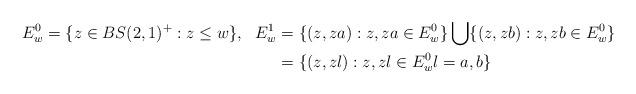
LaTeX: \begin{align*}E_w^0 &= \{ z \in BS(2,1)^+ : z \le w\},&E_w^1 &= \{(z, z a): z, za \in E_w^0\} \bigcup \{(z, z b): z, zb \in E_w^0\} \\&&&= \{(z, z l): z, z l \in E_w^0 l = a,b\} \end{align*}